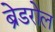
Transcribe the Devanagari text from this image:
ब्रेडरोल